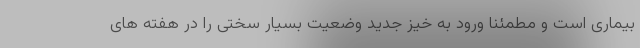
بیماری است و مطمئنا ورود به خیز جدید وضعیت بسیار سختی را در هفته های